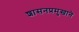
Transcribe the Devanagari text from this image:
शासनप्रमुखाने